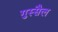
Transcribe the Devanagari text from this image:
गुस्सैल